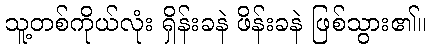
သူ့တစ်ကိုယ်လုံး ရှိန်းခနဲ ဖိန်းခနဲ ဖြစ်သွား၏။